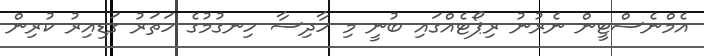
އެމްނެސްޓީން ނެރުނު ރިޕޯޓެއްގައި ބުނީ މި ހާދިސާ ހިނގުމުގެ ހަތަރު ގަޑިއިރު ކުރިން